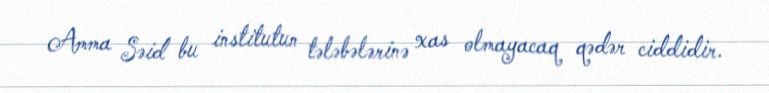
Amma Səid bu institutun tələbələrinə xas olmayacaq qədər ciddidir.